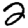
Digit: 2